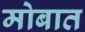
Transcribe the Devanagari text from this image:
मोबात